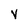
Character: V